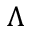
\Lambda